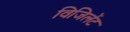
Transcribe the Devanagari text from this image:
विजिलेंट